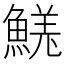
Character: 𩹦